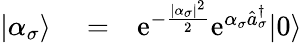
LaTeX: \begin{array}{rlr}{|\alpha_{\sigma}\rangle}&{{}=}&{\mathrm{e}^{-\frac{|\alpha_{\sigma}|^{2}}{2}}\mathrm{e}^{\alpha_{\sigma}\hat{a}_{\sigma}^{\dagger}}|0\rangle}\end{array}